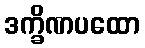
ဒက္ခိဏပထော